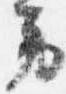
労